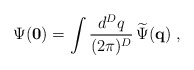
\begin{align*}\Psi ({\bf 0})=\int\frac{d^{{D}}q}{ (2\pi)^{{D}}}\,\widetilde{\Psi}({\bf q})\; ,\end{align*}